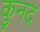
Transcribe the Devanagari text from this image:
कुनद